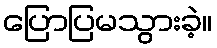
ပြောပြမသွားခဲ့။